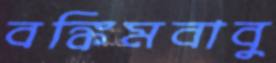
বঙ্কিমবাবু